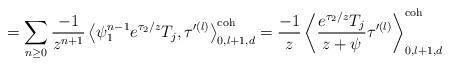
LaTeX: \begin{align*} = \sum_{n \geq 0} \frac{-1}{z^{n+1}} \left \langle \psi_1^{n-1} e^{\tau_2/z} T_j, \tau'^{(l)} \right \rangle^\textnormal{coh}_{0,l+1,d} = \frac{-1}{z} \left \langle \frac{e^{\tau_2/z} T_j}{z+\psi} \tau'^{(l)} \right \rangle^\textnormal{coh}_{0,l+1,d} \end{align*}